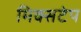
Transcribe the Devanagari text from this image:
मिक्सटेप